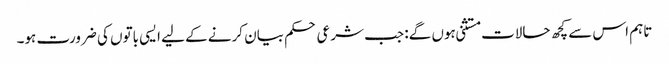
تاہم اس سے کچھ حالات مستثنی ہوں گے: جب شرعی حکم بیان کرنے کے لیے ایسی باتوں کی ضرورت ہو۔